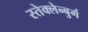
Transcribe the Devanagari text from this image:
स्तेक्लेन्बुर्ग